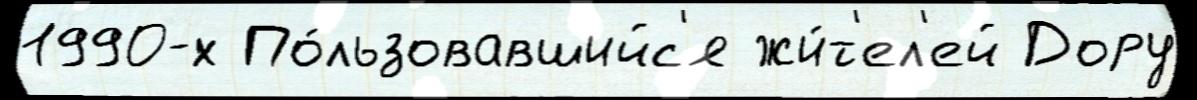
1990-х По́льзовавшийс'я жи́т'ел'ей Дору